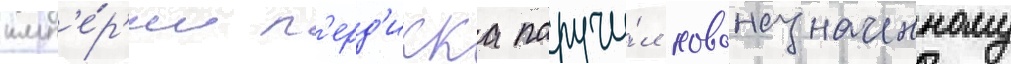
имп'е́р'ии п'ерд'икка поручи́л новоназначенному